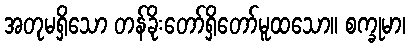
အတုမရှိသော တန်ခိုးတော်ရှိတော်မူထသော။ စက္ခုမာ၊